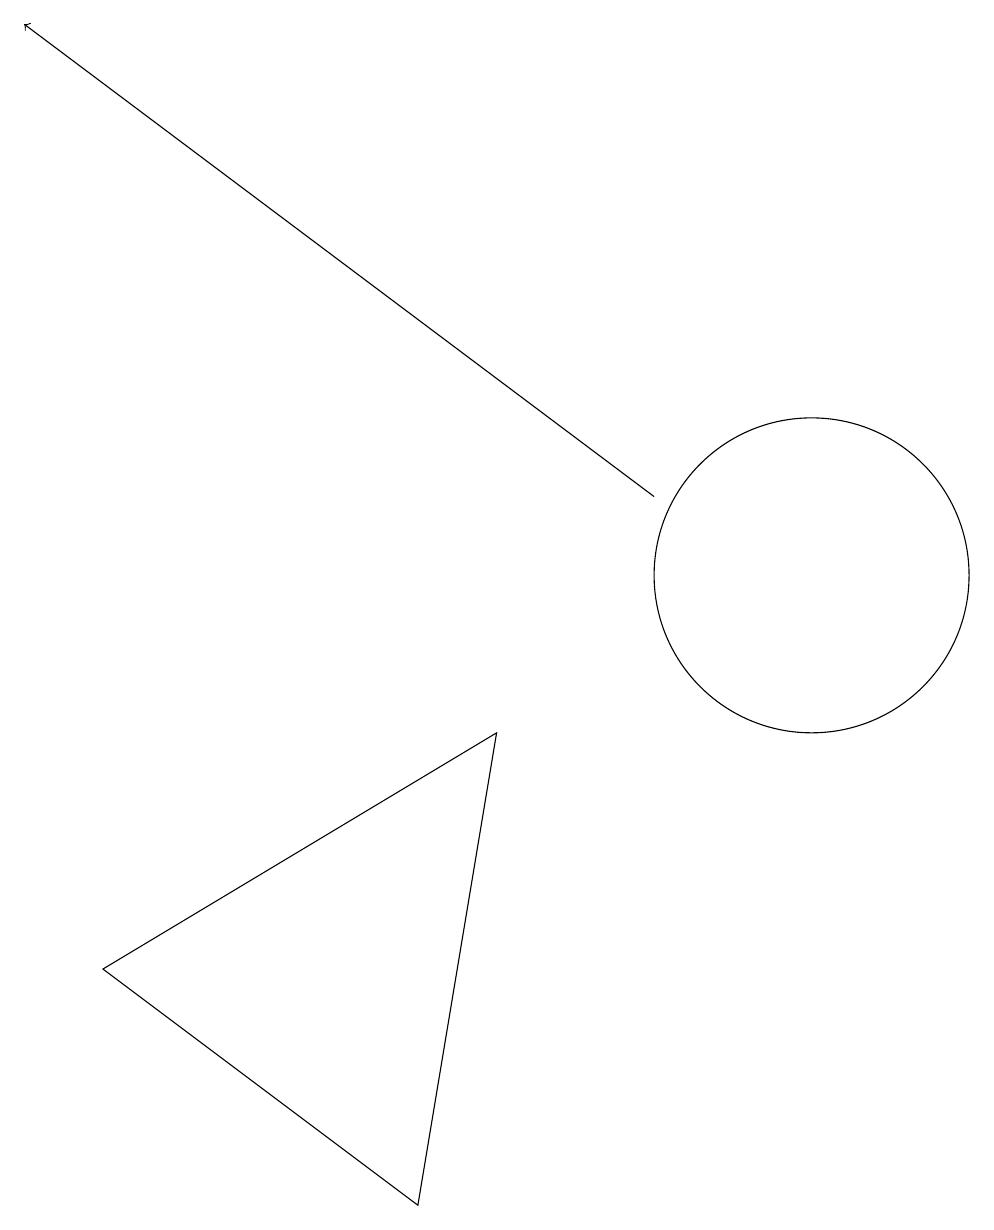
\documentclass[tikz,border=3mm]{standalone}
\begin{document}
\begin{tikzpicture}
\draw (11,10) circle (2);
\draw[->] (9,11) -- (1,17);
\draw (6,2) -- (2,5) -- (7,8) -- cycle;
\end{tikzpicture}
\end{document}